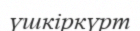
үшкіркүрт